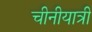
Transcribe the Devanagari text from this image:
चीनीयात्री